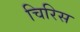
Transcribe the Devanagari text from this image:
चिरिस